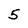
Character: 5